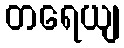
တရေယျ